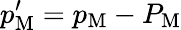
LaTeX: p_{\mathrm{{M}}}^{\prime}=p_{\mathrm{{M}}}-P_{\mathrm{{M}}}